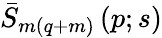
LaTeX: \bar{S}_{m(q+m)}\left(p;s\right)